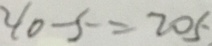
2 1 0 - 5 = 2 0 5